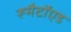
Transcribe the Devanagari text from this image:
रूमैटॉएड